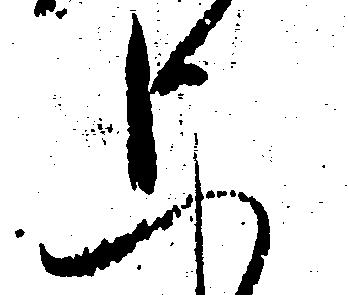
上